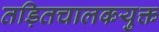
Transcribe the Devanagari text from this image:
तड़ितचालकयुक्त